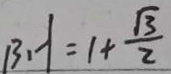
B H = 1 + \frac { \sqrt { 3 } } { 2 }